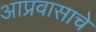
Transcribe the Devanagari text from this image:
आप्रवासाचे